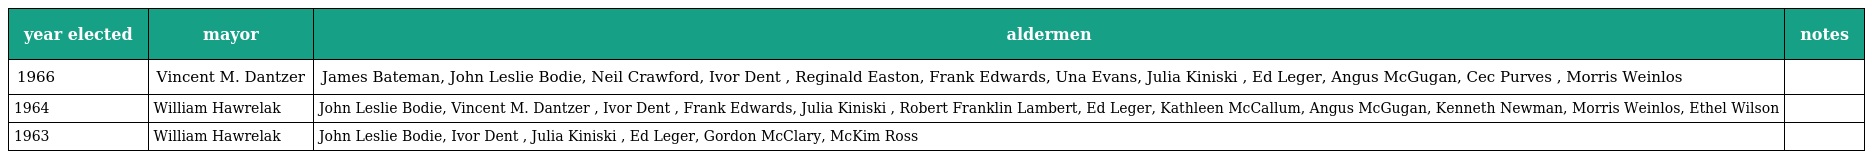
| year elected | mayor | aldermen | notes |
 | --- | --- | --- | --- |
 | 1966 | Vincent M. Dantzer | James Bateman, John Leslie Bodie, Neil Crawford, Ivor Dent , Reginald Easton, Frank Edwards, Una Evans, Julia Kiniski , Ed Leger, Angus McGugan, Cec Purves , Morris Weinlos |  |
 | 1964 | William Hawrelak | John Leslie Bodie, Vincent M. Dantzer , Ivor Dent , Frank Edwards, Julia Kiniski , Robert Franklin Lambert, Ed Leger, Kathleen McCallum, Angus McGugan, Kenneth Newman, Morris Weinlos, Ethel Wilson |  |
 | 1963 | William Hawrelak | John Leslie Bodie, Ivor Dent , Julia Kiniski , Ed Leger, Gordon McClary, McKim Ross |  |